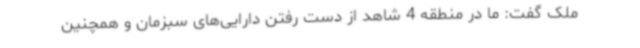
ملک گفت: ما در منطقه 4 شاهد از دست رفتن دارایی‌های سبزمان و همچنین